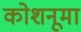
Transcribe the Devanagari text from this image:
कोशनूमा